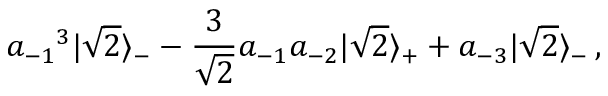
{ a _ { - 1 } } ^ { 3 } | \sqrt 2 \rangle _ { - } - { \frac { 3 } { \sqrt 2 } } a _ { - 1 } a _ { - 2 } | \sqrt 2 \rangle _ { + } + a _ { - 3 } | \sqrt 2 \rangle _ { - } \, ,